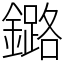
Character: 鏴